Report on enteric fever
Disease focus: Fever
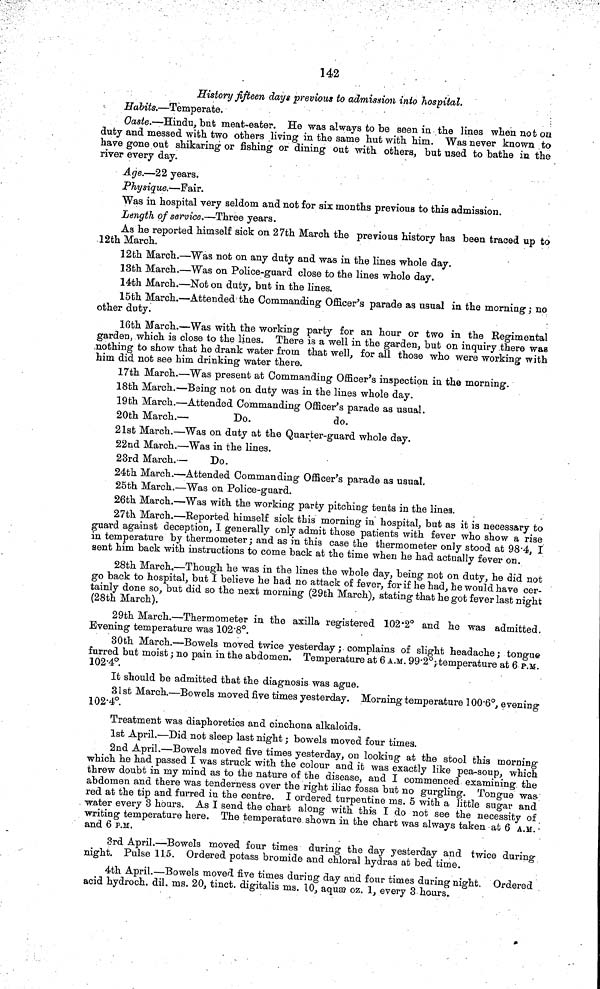
142
History fifteen days previous to admission into hospital.
Habits.—Temperate.
Oaste.—Hindu, bub meat-eafcer. He was always to be seen in the lines when not on
duty and messed with two others living in the same hut with him. Was never known to
have gone out shikaring or fishing or dining out with others, but used to bathe in the
river every day.
Age.—22 years.
Physique.—Fair.
Was in hospital very seldom and not for six months previous to this admission.
Length of service.—Three years.
As he reported himself sick on 27th March the previous history has been traced up to
12th March.
12th March.—Was not on any duty and was in the lines whole day.
13th March.—Was on Police-guard close to the lines whole day.
14th March.—Not on duty, but in the lines.
15th March.—Attended the Commanding Officer's parade as usual in the morning; no
other duty.
16th March.—Was with the working party for an hour or two in the Regimental
garden, which is close to the lines. There is a well in the garden, but on inquiry there wag
nothing to show that he drank water from that well, for all those who were working with
him did not see him drinking water there.
17th March.—Was present at Commanding Officer's inspection in the morning.
18th March.—Being not on duty was in the lines whole day.
19th March.—Attended Commanding Officer's parade as usual.
20th March.—
Do.
do.
21st March.—Was on duty at the Quarter-guard whole day.
22nd March.—Was in the lines.
23rd March. —
Do.
24th March.—Attended Commanding Officer's parade as usual.
25th March.—Was on Police-guard.
26th March.—Was with the working party pitching tents in the lines.
27th March.—Reported himself sick this morning in hospital, but as it is necessary to
guard against deception, I generally only admit those patients with fever who show a rise
in temperature by thermometer; and as in this case the thermometer only stood at 98 4, I
sent him back with instructions to come back at the time when he had actually fever on.
28th March.—Though he was in the lines the whole day, being not on duty, he did not
go back to hospital, but I believe he had no attack of fever, for if he had, he would have cer-
tainly done so, but did so the next morning (29th March), stating that he got fever last night
(28th March).
29th March.—Thermometer in the axilla registered 102 2° and he was admitted.
Evening temperature was 102 8°.
30th March.—Bowels moved twice yesterday; complains of slight headache; tongue
furred but moist; no pain in the abdomen. Temperature at 6 A.M. 99 2°; temperature at 6 P.M
102 4°.
It should be admitted that the diagnosis was ague.
31st March.—Bowels moved five times yesterday. Morning temperature 100 6°, evening
102-4°.
Treatment was diaphoretics and cinchona alkaloids.
1st April.—Did not sleep last night; bowels moved four times.
2nd April.—Bowels moved five times yesterday, on looking at the stool this morning
which he had passed I was struck with the colour and it was exactly like pea-soup, which
threw doubt in my mind as to the nature of the disease, and I commenced examining the
abdomen and there was tenderness over the right iliac fossa but no gurgling. Tongue was
red at the tip and furred in the centre. I ordered turpentine ins. 5 with a little sugar and
water every 3 hours. As I send the chart along with this I do not see the necessity of
writing temperature here. The temperature shown in the chart was always taken at 6 A.M.
and 6 P.M.
3rd April.—Bowels moved four times during the day yesterday and twice during
night. Pulse 115. Ordered potass bromide and chloral hydras at bed time.
4th April.—Bowels moved five times during day and four times during night. Ordered
acid hydroch. dil. ms. 20, tinct. digitalis ins. 10, aquæ oz. 1, every 3 hours.